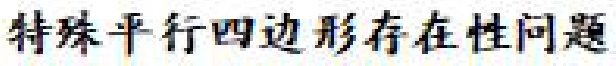
特殊平行四边形存在性问题